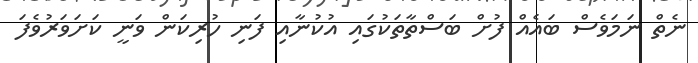
ނެތް ނަމަވެސް ބައެއް ފުށް ބަސްތާތަކުގައި އުކުނާއި ފަނި ހުރިކަން ވަނީ ކަށަވަރުވެފަ